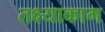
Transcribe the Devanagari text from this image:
तक्ष्याकाग